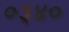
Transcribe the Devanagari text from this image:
०३४०